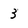
Character: 3